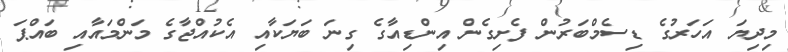
މިދިޔަ އަހަރުގެ ޑިސެމްބަރުން ފެށިގެން އިންޑިއާގެ ގިނަ ބަޔަކާއި އެކުއްޖާގެ މަންމައާއި ބައްޕަ